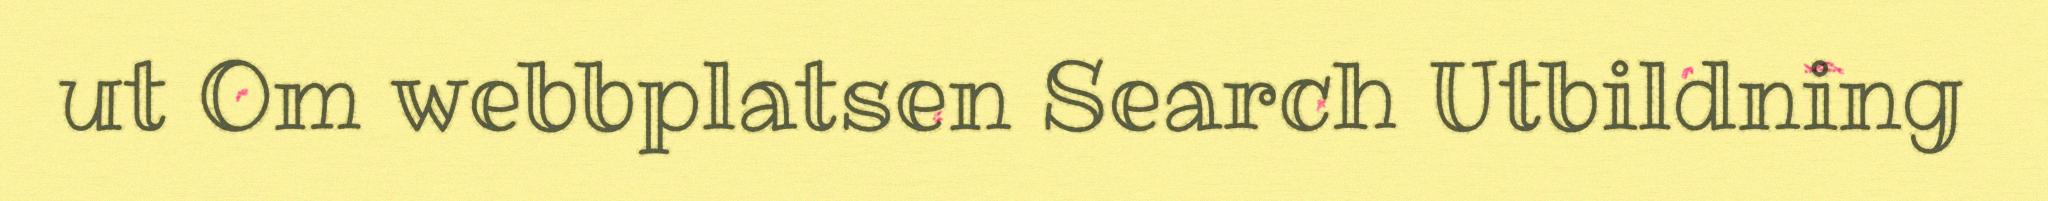
ut Om webbplatsen Search Utbildning